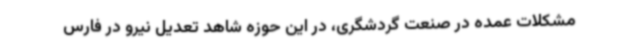
مشکلات عمده در صنعت گردشگری، در این حوزه شاهد تعدیل نیرو در فارس